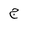
Letter: _gim